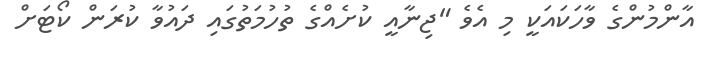
އާންމުންގެ ވާހަކައަކީ މި އެވެ "ޖިނާއީ ކުށެއްގެ ތުހުމަތުގައި ދައުވާ ކުރަން ކޯޓަށް